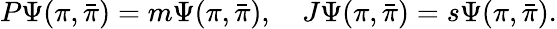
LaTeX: P\Psi(\pi,{\bar{\pi}})=m\Psi(\pi,{\bar{\pi}}),\quad{J}\Psi(\pi,{\bar{\pi}})=s\Psi(\pi,{\bar{\pi}}).